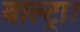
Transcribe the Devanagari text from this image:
बाल्ट्रा।